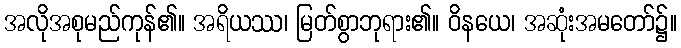
အလိုအစုမည်ကုန်၏။ အရိယဿ၊ မြတ်စွာဘုရား၏။ ဝိနယေ၊ အဆုံးအမတော်၌။